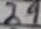
Text: 29